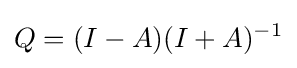
Q=(I-A)(I+A)^{-1}\,\!